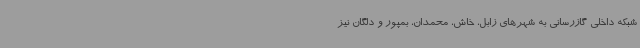
شبکه داخلی گازرسانی به شهرهای زابل، خاش، محمدان، بمپور و دلگان نیز